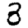
Digit: 3